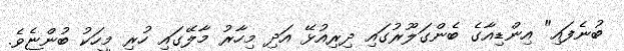
ބުނެފައި" އިންޑިއާގެ ބެންގަލޫރުގައި ދިރިއުޅޭ އަދި މިހާރު މާލޭގައި ހުރި މީހަކު ބުންޏެވެ.